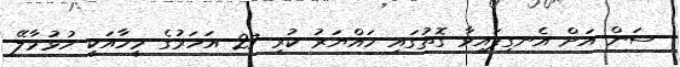
ސަން އަށް އެނގިފައިވާ ގޮތުގައި ހައްޔަރު ކުރި 27 އަހަރުގެ މީހާއަކީ ހުޅުމާލޭ